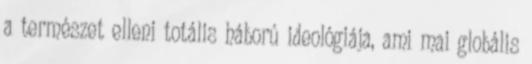
a természet elleni totális háború ideológiája, ami mai globális